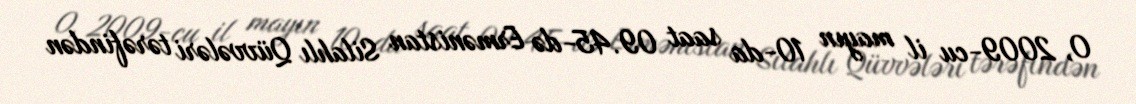
O, 2009-cu il mayın 10-da saat 09.45-də Ermənistan Silahlı Qüvvələri tərəfindən